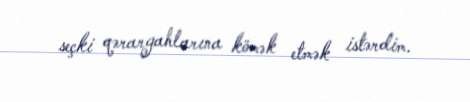
seçki qərargahlarına kömək etmək istərdim.